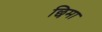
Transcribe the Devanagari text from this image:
छिमा